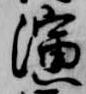
演